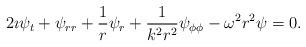
LaTeX: \begin{align*}2 \imath \psi_{t} + \psi_{rr} + \frac{1}{r}\psi_{r} +\frac{1}{k^2 r^2} \psi_{\phi\phi} - \omega^2 r^2\psi=0.\end{align*}